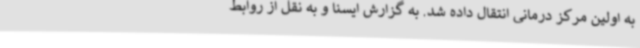
به اولین مرکز درمانی انتقال داده شد. به گزارش ایسنا و به نقل از روابط